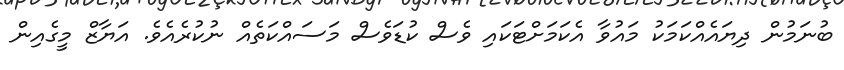
ބުނަމުން ދިޔައެއްކަމަކު މައުވާ އެކަމަށްޓަކައި ވެސް ކުޑަވެސް މަސައްކަތެއް ނުކުރެއެވެ. އަޔާޒް މީގެއިން